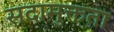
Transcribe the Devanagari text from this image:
सदामुक्तता